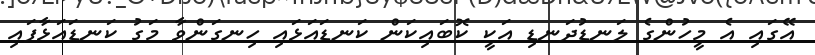
އޭގައި އެ މީހުންގެ ލަނޑުދަނޑި އަކީ ކޮބައިކަން ކަނޑައަޅައި ހިނގަންވާ މަގު ކަނޑައަޅާފައި